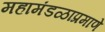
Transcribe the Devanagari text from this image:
महामंडळाप्रमाणे